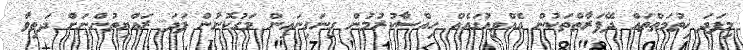
މިފަދަ ޚިތުމަތްތައް ދޭފަރާތްތަކުން އެއްވިއުގައެއް ހިއްސާކުރުމުން ގިނަގިނައިން މަގުކޮނުން ފަދަ ރައްޔިތުންނަށް ދަތިވާ